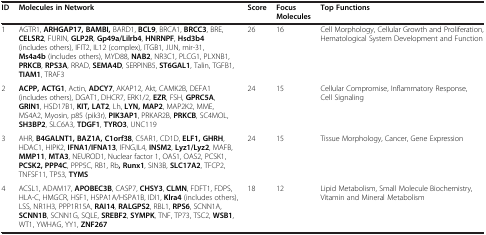
<table><thead><tr><td><b>ID</b></td><td><b>Molecules in Network</b></td><td><b>Score</b></td><td><b>Focus Molecules</b></td><td><b>Top Functions</b></td></tr></thead><tbody><tr><td>1</td><td>AGTR1, <b>ARHGAP17, BAMBI,</b> BARD1, <b>BCL9</b>, BRCA1, <b>BRCC3</b>, BRE, <b>CELSR2</b>, FURIN, <b>GLP2R</b>, <b>Gp49a/Lilrb4</b>, <b>HNRNPF</b>, <b>Hsd3b4</b> (includes others), IFIT2, IL12 (complex), ITGB1, JUN, mir-31, <b>Ms4a4b</b> (includes others), MYD88, <b>NAB2</b>, NR3C1, PLCG1, PLXNB1, <b>PRKCB</b>, <b>RPS3A</b>, RRAD, <b>SEMA4D</b>, SERPINB5, <b>ST6GAL1</b>, Talin, TGFB1, <b>TIAM1</b>, TRAF3</td><td>26</td><td>16</td><td>Cell Morphology, Cellular Growth and Proliferation, Hematological System Development and Function</td></tr><tr><td>2</td><td><b>ACPP, ACTG1</b>, Actin, <b>ADCY7</b>, AKAP12, Akt, CAMK2B, DEFA1 (includes others), DGAT1, DHCR7, ERK1/2, <b>EZR</b>, FSH, <b>GPRC5A</b>, <b>GRIN1</b>, HSD17B1, <b>KIT, LAT2</b>, Lh, <b>LYN, MAP2</b>, MAP2K2, MME, MS4A2, Myosin, p85 (pik3r), <b>PIK3AP1</b>, PRKAR2B, <b>PRKCB</b>, SC4MOL, <b>SH3BP2</b>, SLC6A3, <b>TDGF1</b>, <b>TYRO3</b>, UNC119</td><td>24</td><td>15</td><td>Cellular Compromise, Inflammatory Response, Cell Signaling</td></tr><tr><td>3</td><td>AHR, <b>B4GALNT1, BAZ1A, C1orf38</b>, C5AR1, CD1D, <b>ELF1, GHRH</b>, HDAC1, HIPK2, <b>IFNA1/IFNA13</b>, IFNG,IL4, <b>INSM2</b>, <b>Lyz1/Lyz2</b>, MAFB, <b>MMP11</b>, <b>MTA3</b>, NEUROD1, Nuclear factor 1, OAS1, OAS2, PCSK1, <b>PCSK2, PPP4C</b>, PPP5C, RB1, Rb<b>, Runx1</b>, SIN3B, <b>SLC17A2</b>, TFCP2, TNFSF11, TP53, <b>TYMS</b></td><td>24</td><td>15</td><td>Tissue Morphology, Cancer, Gene Expression</td></tr><tr><td>4</td><td>ACSL1, ADAM17, <b>APOBEC3B</b>, CASP7, <b>CHSY3</b>, <b>CLMN</b>, FDFT1, FDPS, HLA-C, HMGCR, HSF1, HSPA1A/HSPA1B, IDI1, <b>Klra4</b> (includes others), LSS, NR1H3, PPP1R15A, <b>RAI14</b>, <b>RALGPS2</b>, RBL1, <b>RPS6</b>, SCNN1A, <b>SCNN1B</b>, SCNN1G, SQLE, <b>SREBF2</b>, <b>SYMPK</b>, TNF, TP73, TSC2, <b>WSB1</b>, WT1, YWHAG, YY1, <b>ZNF267</b></td><td>18</td><td>12</td><td>Lipid Metabolism, Small Molecule Biochemistry, Vitamin and Mineral Metabolism</td></tr></tbody></table>